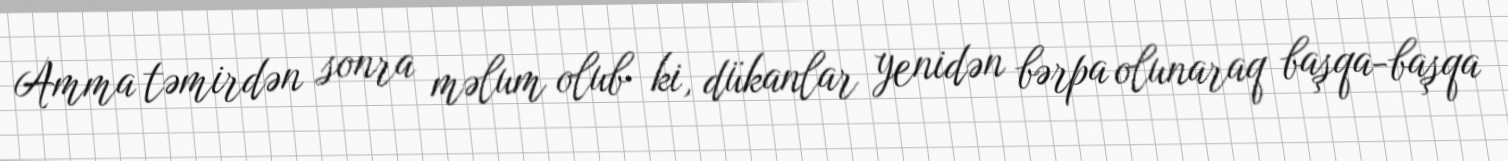
Amma təmirdən sonra məlum olub ki, dükanlar yenidən bərpa olunaraq başqa-başqa